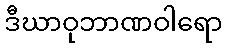
ဒီဃာဝုဘာဏဝါရော